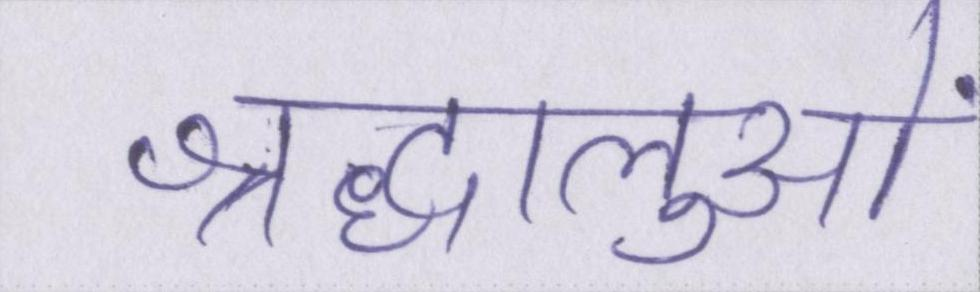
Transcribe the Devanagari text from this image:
श्रद्धालुओं